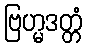
ဗြဟ္မဒတ္တံ